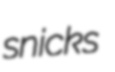
snicks